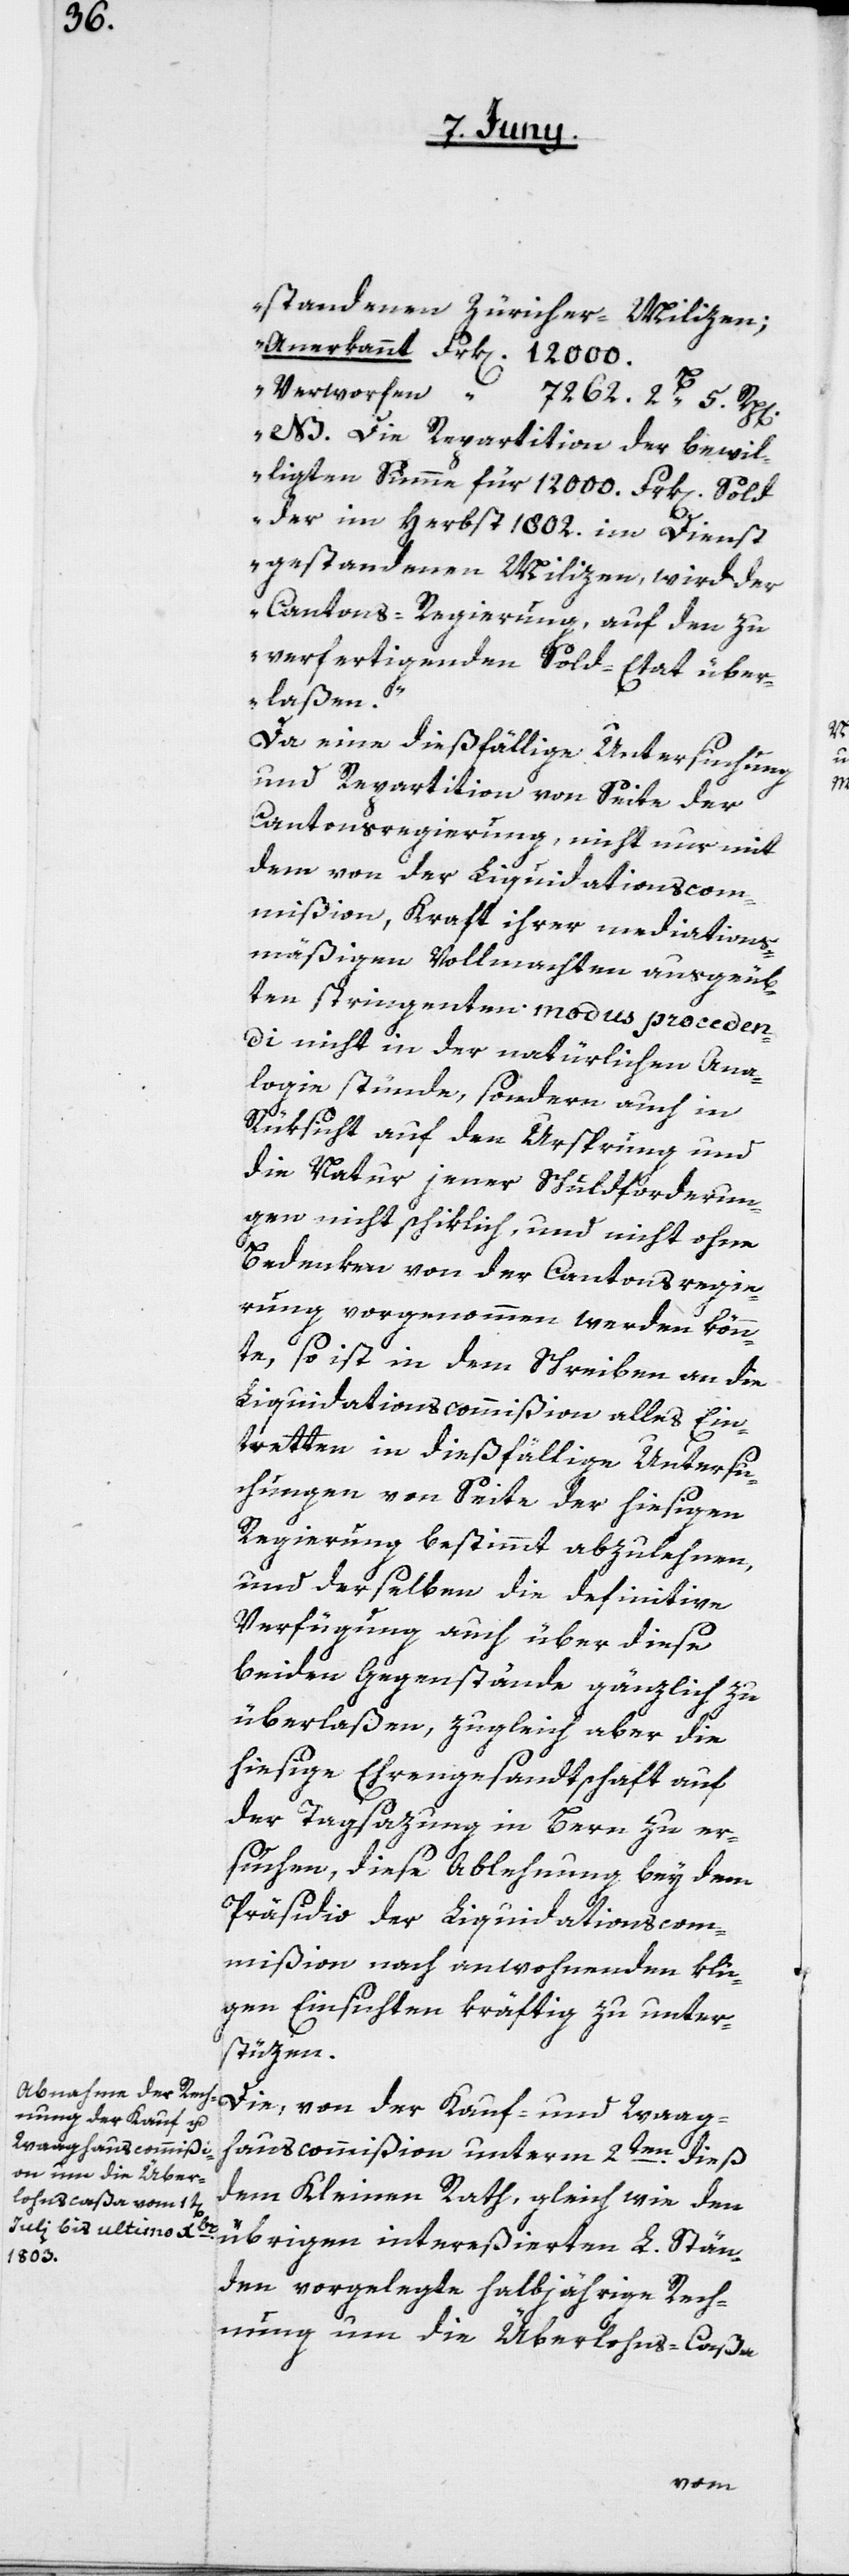
standenen Zürcher-Milizen;
Anerkannt Frk[en]. 12 000.
Verworfen “ 7 262. 2 B 5 Rp[en].
NB. Die Repartition der bewil¬
ligten Summe für 12 000 Frk[en]. Sold
der im Herbst 1802. im Dienst
gestandenen Milizen wird der
Cantons-Regierung, auf den zu
verfertigenden Sold-Etat über¬
laßen.“
Da eine dießfällige Untersuchung
und Repartition von Seite der
Cantonsregierung, nicht nur mit
dem von der Liquidationscom¬
mißion, Kraft ihrer mediations¬
mäßigen Vollmachten ausgeüb¬
ten stringenten modus proceden¬
di nicht in der natürlichen Ana¬
logie stünde, sondern auch in
Rüksicht auf den Ursprung und
die Natur jener Schuldforderun¬
gen nicht schiklich, und nicht ohne
Bedenken von der Cantonsregie¬
rung vorgenommen werden könn¬
te, so ist in dem Schreiben an die
Liquidationscommißion alles Ein¬
tretten in dießfällige Untersu¬
chungen von Seite der hiesigen
Regierung bestimmt abzulehnen,
und derselben die definitive
Verfügung auch über diese
beyden Gegenstände gänzlich zu
überlaßen, zugleich aber die
hiesige Ehrengesandtschaft auf
der Tagsazung in Bern zu er¬
suchen, diese Ablehnung bey dem
Präsidio der Liquidationscom¬
mißion nach anwohnenden klu¬
gen Einsichten kräftig zu unter¬
stüzen.
Die, von der Kauf- und Waag¬
hauscommißion unterm 2ten dieß
dem Kleinen Rath, gleich wie den
übrigen intereßierten L. Stän¬
den vorgelegte halbjährige Rech¬
nung um die Überlohns-Caßa